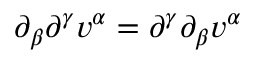
\partial _ { \beta } \partial ^ { \gamma } v ^ { \alpha } = \partial ^ { \gamma } \partial _ { \beta } v ^ { \alpha }